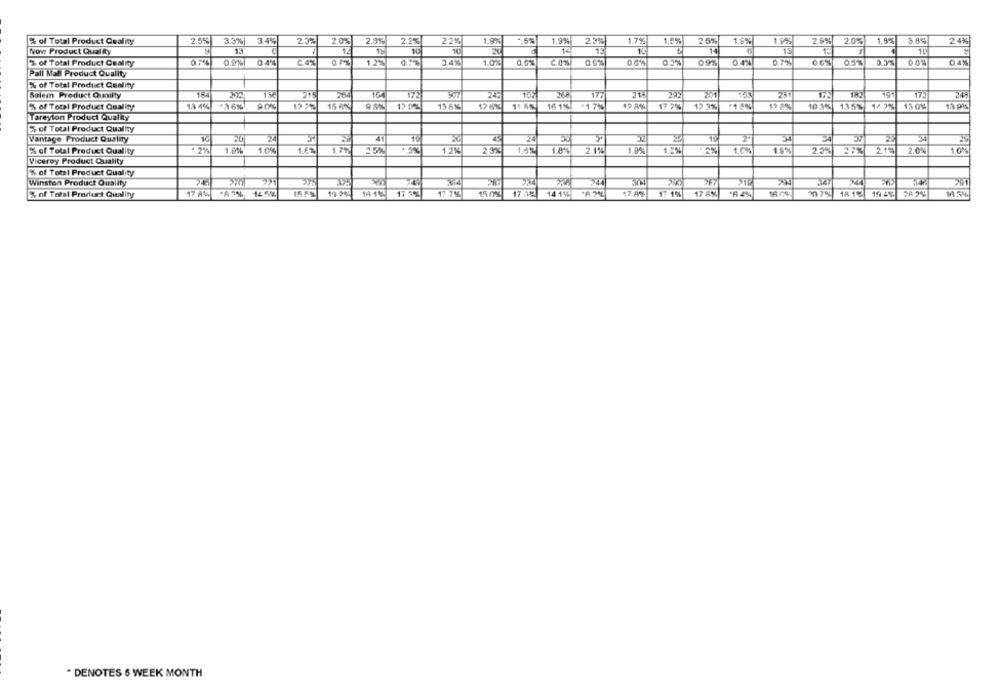
% of Total Product Quality
2.5%
3.3%
34%
2.3%
2.0%
2.9%
2.2%
2.2%
1.9%
1.9%
1.7%
1.6%
25%
1.8%
1.6%
2.9%
2.0%
3.8%
24%
13
Now Product Quality
13
10
20
13
14
1L
07%
0.9%| 0.4%
€ 4%
1.25%
2.4%
1.0%
CON
0.6%
04%
0.7%
0.5%
0.4%
% of Total Product Quality
Pall Mall Product Quality
% of Total Product Quality
Solem Product Quailty
THE
215
264
164
172
24:
177
172
248
1/ 2%
% of Total Product Quality
13 4%
15 6%
13 8%
12 6%
11.55
16 1% *1 7%
17 2%
12 3%
198%
10 3%
135%
13 9%
Tareyion Product Quality
% of Total Product Quality
Vantage Product Quality
20
20
EX
% of Total Product Quality
1.9%
1.0%
25%
1.2%
2 3%
1.0%
2.1%
1.0%
1.0%
16%
2.5%
219
2.0%
1.0%
Viceroy Product Quality
% of Total Product Quality
Winston Product Quality
% of Total Product Quality
17 A4%
19 24
1A 1%
175%
17.7%
150%
17 32
14 11%
17 1%
17 AX
*6 4%
18 192
* DENOTES 6 WEEK MONTH